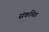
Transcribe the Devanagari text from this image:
संकचित